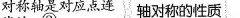
对称轴是对应点 轴对称的性质